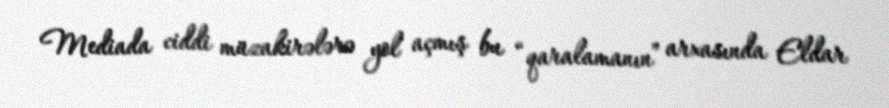
Mediada ciddi müzakirələrə yol açmış bu “qaralamanın” arxasında Eldar